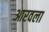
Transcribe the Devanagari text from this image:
आरवला